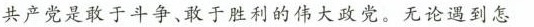
共产党是敢于斗争、敢于胜利的伟大政党。无论遇到怎